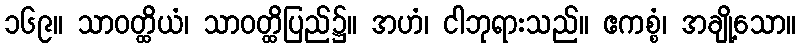
၁၆၉။ သာဝတ္ထိယံ၊ သာဝတ္ထိပြည်၌။ အဟံ၊ ငါဘုရားသည်။ ဧကစ္စံ၊ အချို့သော။